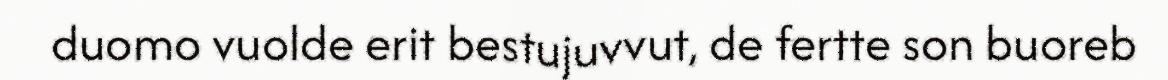
duomo vuolde erit bestujuvvut, de fertte son buoreb